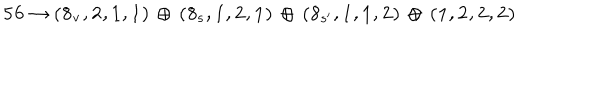
LaTeX: { \bf 5 6 } \rightarrow { \bf ( 8 _ { v } , 2 , 1 , 1 ) \, \oplus \, ( 8 _ { s } , 1 , 2 , 1 ) \, \oplus \, ( 8 _ { s ^ { \prime } } , 1 , 1 , 2 ) } \, \oplus \, { \bf ( 1 , 2 , 2 , 2 ) }